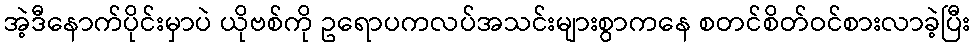
အဲ့ဒီနောက်ပိုင်းမှာပဲ ယိုဗစ်ကို ဥရောပကလပ်အသင်းများစွာကနေ စတင်စိတ်ဝင်စားလာခဲ့ပြီး